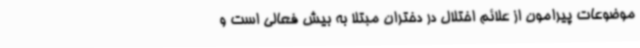
موضوعات پیرامون از علائم اختلال در دختران مبتلا به بیش فعالی است و